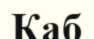
Каб